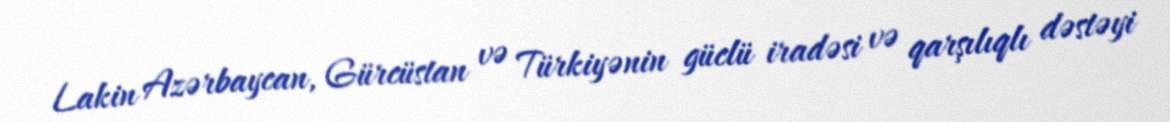
Lakin Azərbaycan, Gürcüstan və Türkiyənin güclü iradəsi və qarşılıqlı dəstəyi